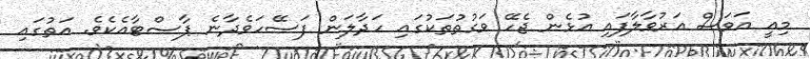
މިއީ އަވަސް އަރުވާލާފައި އުޅެން ޖެހޭ ވަގުތުތަކުގައި ހަދާލަން ފަސޭހަވެދާނެ ޕާސްޓާއެކެވެ. އަތުގައި